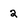
Character: 2